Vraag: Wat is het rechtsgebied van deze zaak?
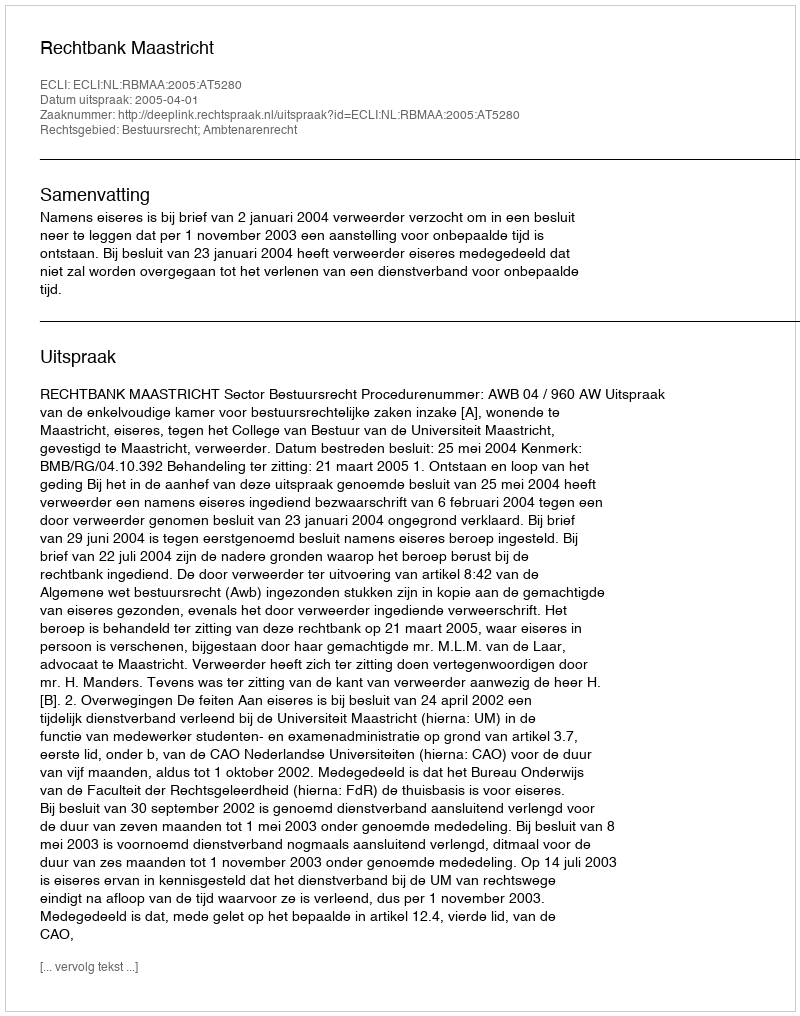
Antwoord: Bestuursrecht; Ambtenarenrecht